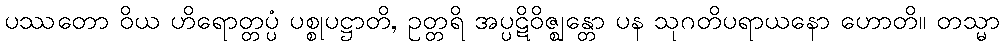
ပဿတော ဝိယ ဟိရောတ္တပ္ပံ ပစ္စုပဋ္ဌာတိ, ဥတ္တရိ အပ္ပဋိဝိဇ္ဈန္တော ပန သုဂတိပရာယနော ဟောတိ။ တသ္မာ